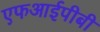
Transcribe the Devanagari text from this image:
एफआईपीबी